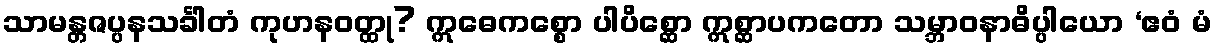
သာမန္တဇပ္ပနသင်္ခါတံ ကုဟနဝတ္ထု? ဣဓေကစ္စော ပါပိစ္ဆော ဣစ္ဆာပကတော သမ္ဘာဝနာဓိပ္ပါယော ‘ဧဝံ မံ